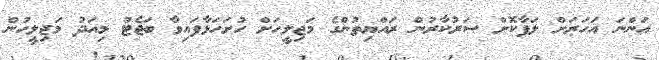
އަންނަ އަހަރަށް ލަފާކޮށް ސަރުކާރުން ރައްޔިތުންގެ މަޖިލީހަށް ހުށަހަޅާފައިވާ ބަޖެޓު މިއަދު މަޖިލީހުން